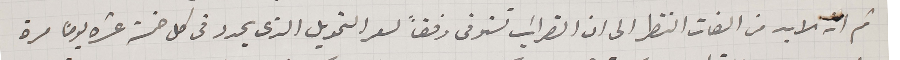
ثم انه لا بد من الفات النظر الى ان الضرائب تستوفى وفقاً لسعر التمويل الذى يحدد فى كل خمسة عشرة يوماً مرة